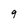
Character: 9